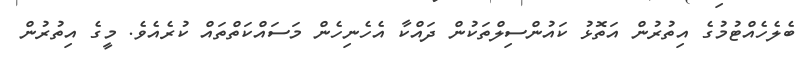
ބެލެހެއްޓުމުގެ އިތުރުން އަތޮޅު ކައުންސިލްތަކުން ދައްކާ އެހެނިހެން މަސައްކަތްތައް ކުރެއެވެ. މީގެ އިތުރުން